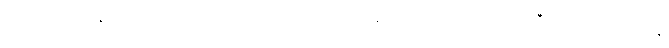
အသက် ၁၆ နှစ်ရောက်လာတဲ့အခါမှာတော့ ရဲတိုက်ထဲမှာ ဝေယျဝိစ္စတွေကိုကူညီလုပ်ဆောင်ရင်း နဲ့